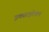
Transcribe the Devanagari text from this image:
इक्साइटेशन